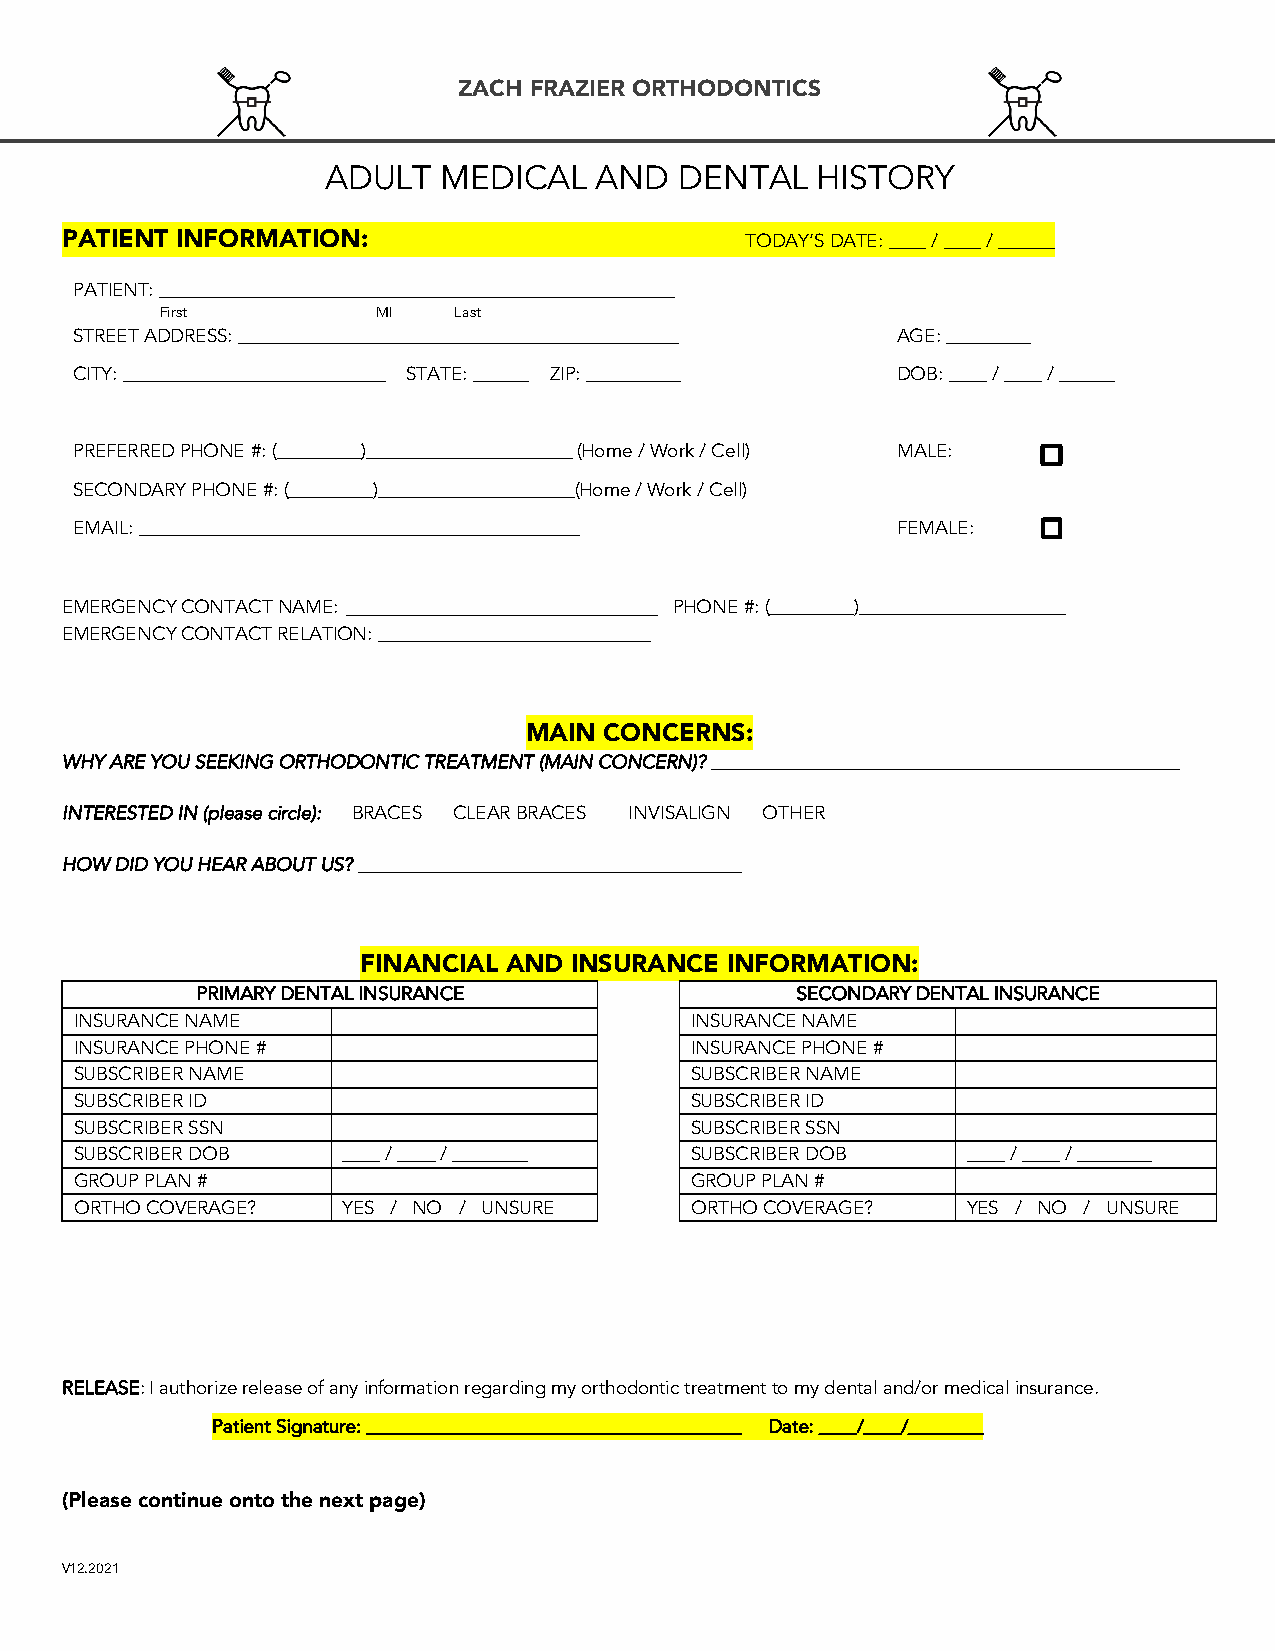
ZACH FRAZIER ORTHODONTICS
 ADULT  MEDICAL   AND   DENTAL   HISTORY
 PATIENT INFORMATION:                         TODAY’S DATE: ____ / ____ / ______
 PATIENT: _______________________________________________________
 First         MI   Last
 STREET ADDRESS: _______________________________________________ AGE: _________
 CITY: ____________________________ STATE: ______ ZIP: __________ DOB: ____ / ____ / ______
 PREFERRED PHONE #: (_________)______________________ (Home / Work / Cell) MALE:
 SECONDARY PHONE #: (_________)_____________________(Home / Work / Cell)
 EMAIL: _______________________________________________ FEMALE:
 EMERGENCY CONTACT NAME: _________________________ PHONE #: (_________)______________________
 EMERGENCY CONTACT RELATION: _____________________________
 MAIN CONCERNS:
 WHY ARE YOU SEEKING ORTHODONTIC TREATMENT (MAIN CONCERN)? __________________________________________________
 INTERESTED IN (please circle): BRACES CLEAR BRACES INVISALIGN OTHER
 HOW DID YOU HEAR ABOUT US? _________________________________________
 FINANCIAL AND INSURANCE INFORMATION:
 PRIMARY DENTAL INSURANCE                SECONDARY DENTAL INSURANCE
 INSURANCE NAME                           INSURANCE NAME
 INSURANCE PHONE #                        INSURANCE PHONE #
 SUBSCRIBER NAME                          SUBSCRIBER NAME
 SUBSCRIBER ID                            SUBSCRIBER ID
 SUBSCRIBER SSN                           SUBSCRIBER SSN
 SUBSCRIBER DOB    ____ / ____ / ________ SUBSCRIBER DOB    ____ / ____ / ________
 GROUP PLAN #                             GROUP PLAN #
 ORTHO COVERAGE?   YES / NO / UNSURE      ORTHO COVERAGE?   YES / NO / UNSURE
 RELEASE: I authorize release of any information regarding my orthodontic treatment to my dental and/or medical insurance.
 Patient Signature: ________________________________________ Date: ____/____/________
 (Please continue onto the next page)
 V12.2021